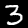
Digit: 3